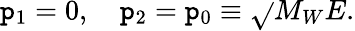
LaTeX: \mathtt{p}_{1}=0,\ \ \ \ \mathtt{p}_{2}=\mathtt{p}_{0}\equiv\sqrt{}{{M_{W}E}}.